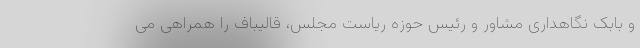
و بابک نگاهداری مشاور و رئیس حوزه ریاست مجلس، قالیباف را همراهی می